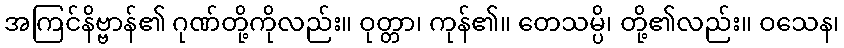
အကြင်နိဗ္ဗာန်၏ ဂုဏ်တို့ကိုလည်း။ ဝုတ္တာ၊ ကုန်၏။ တေသမ္ပိ၊ တို့၏လည်း။ ဝသေန၊